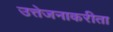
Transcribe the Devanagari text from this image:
उत्तेजनाकरीता